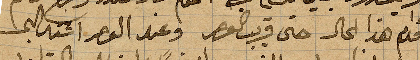
فدام هذا الحال حتى قريب العصر وعند العصر اشتد البحر